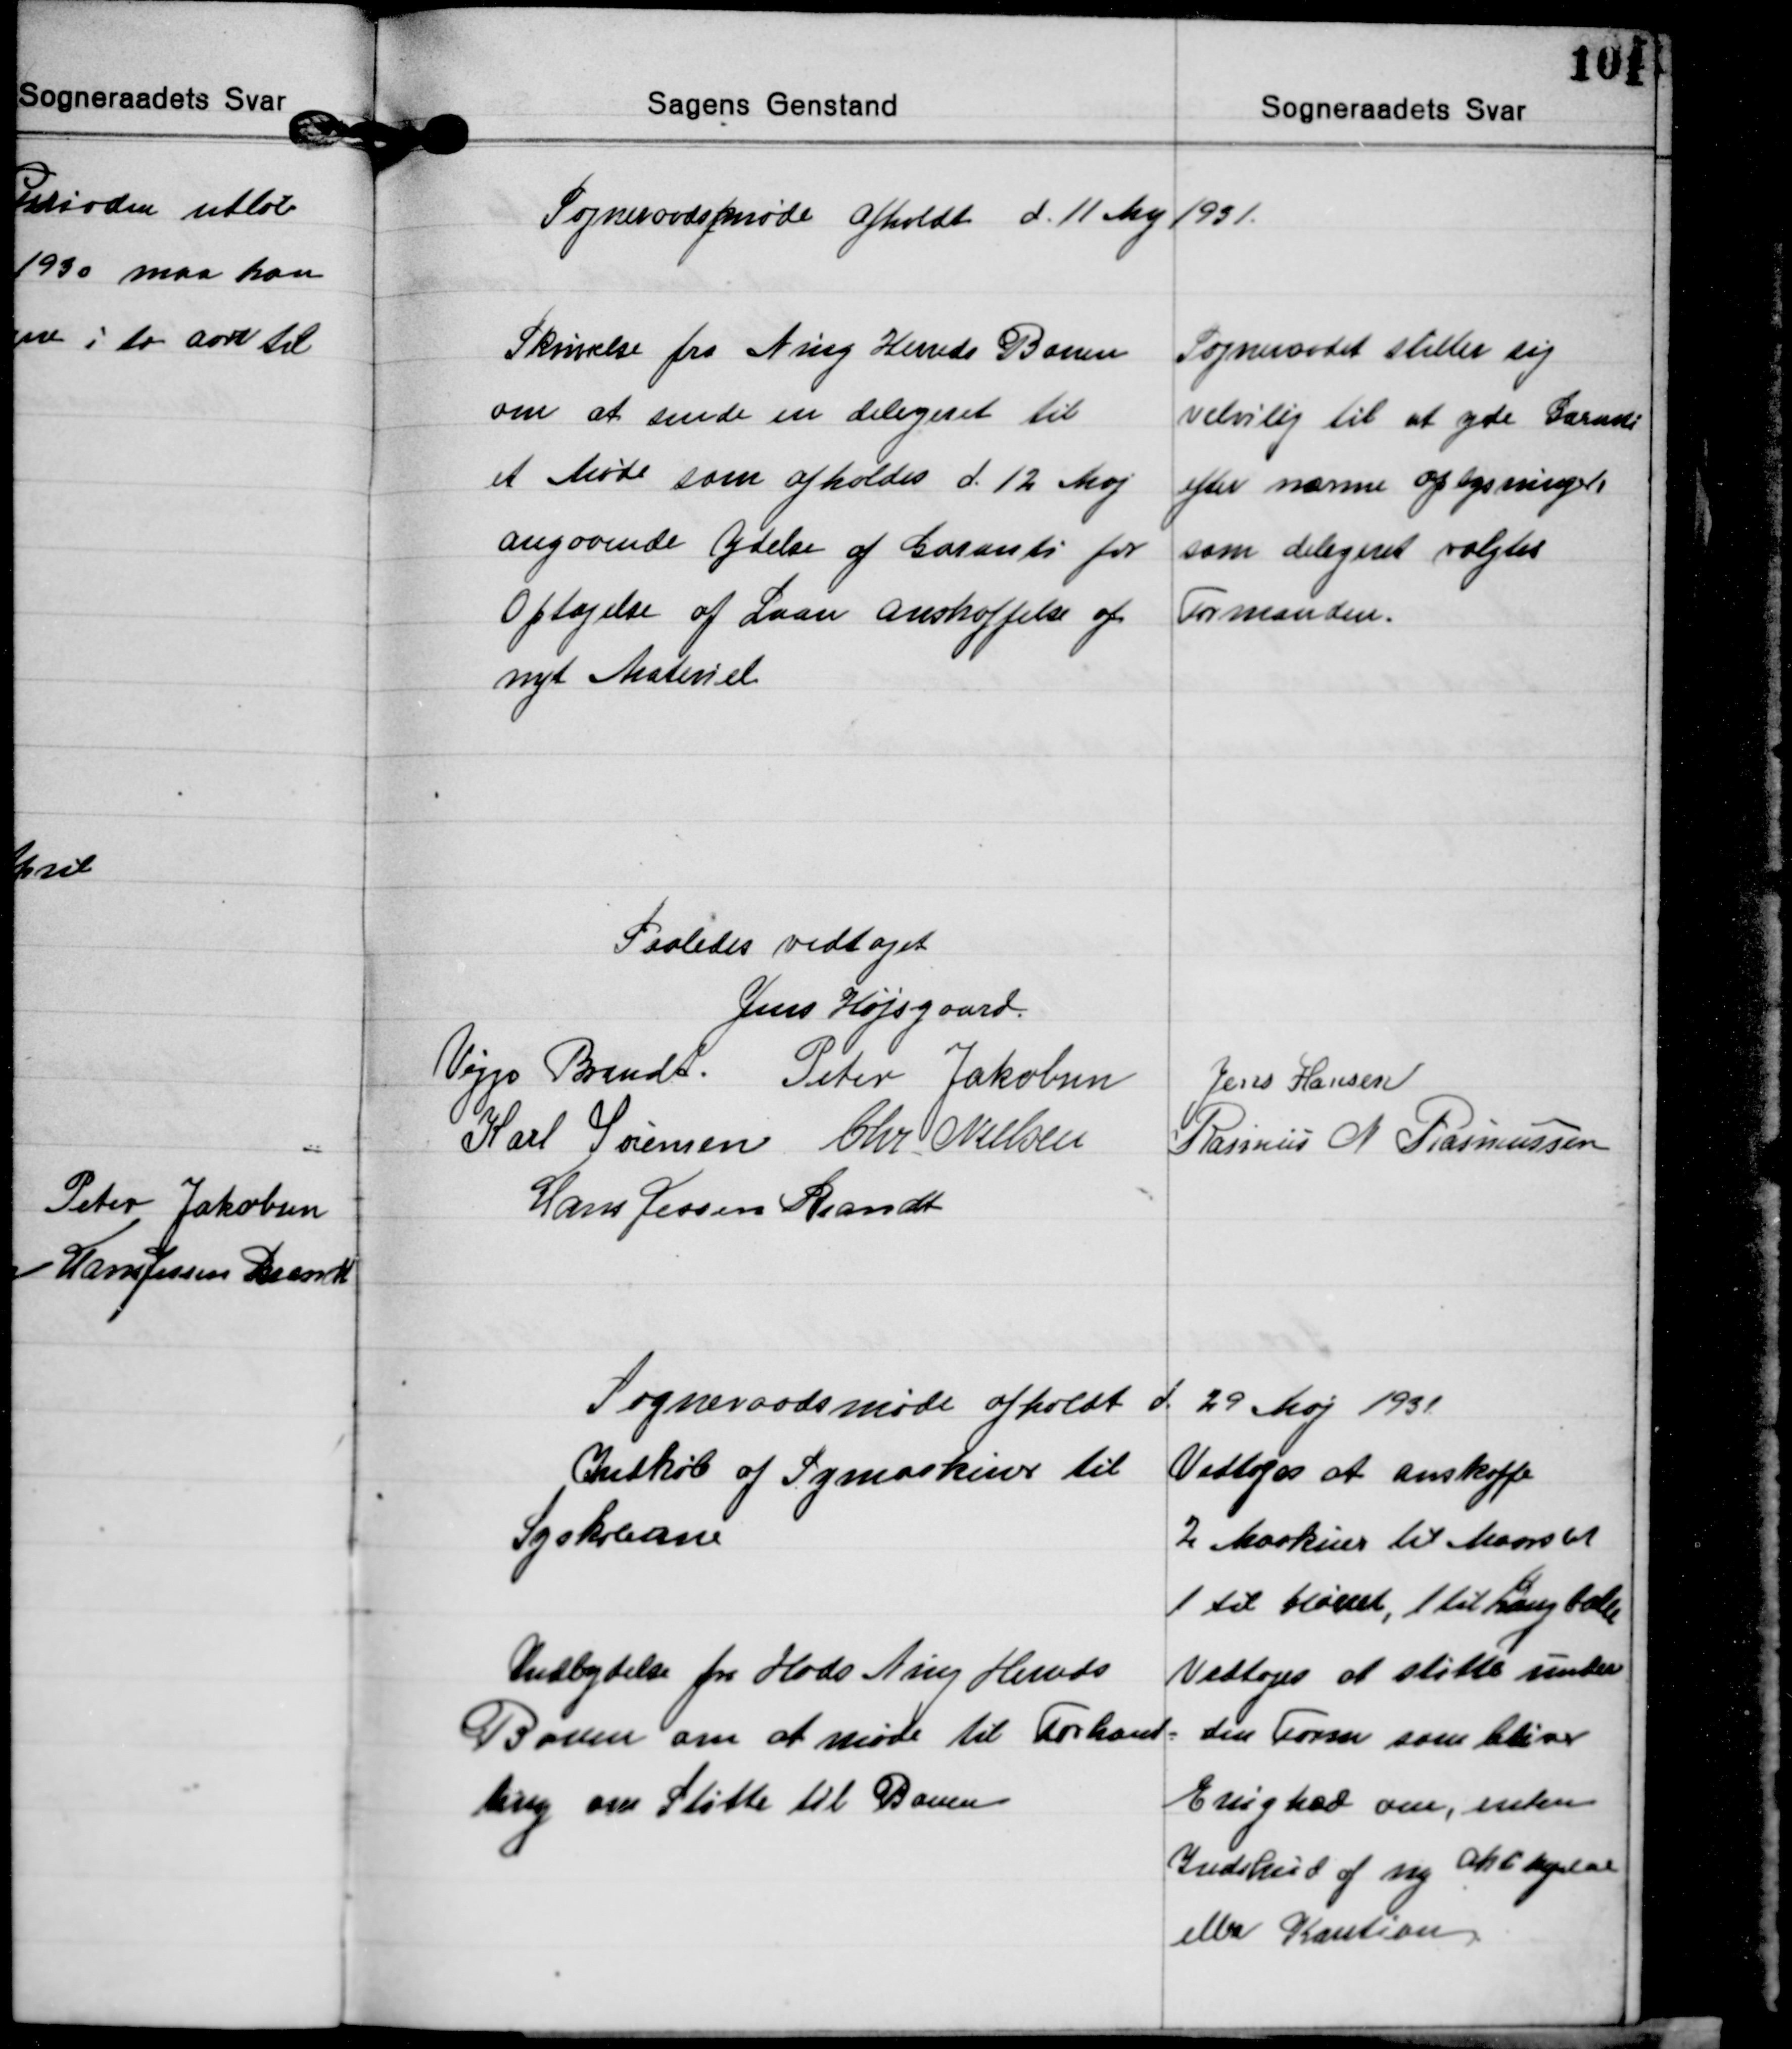
Transskription:
Sogneraadsmøde afholdt d. 11 Maj 1931.

Skrivelse fra Ning Herreds Banen
om at sende en delegeret til
et Møde som afholdes d. 12 Maj
angaaende ydelse af Garanti for
Optagelse af Laan anskaffelse af
nyt Materiel

Sogneraadet stiller sig
velvilig til at yde Garanti
efter nærme oplysninger
som delegeret valgtes
Formanden.

Saaledes vedtaget
Jens Højsgaard
Viggo Brandt Peter Jakobsen Jens Hansen
Karl Sørensen Chr. Nielsen
Rasmus N. Rasmussen
Hans Jessen Brandt

Sogneraadsmøde afholdt d 29 Maj 1931

Indkøb af Symaskine til
Syskolerne

Vedtoges at anskaffe
2 Maskiner til Maarslet
1 til Hørret, 1 til Langballe

Indbydelse fra Hads Ning Herreds
Banen om at møde til Forhand-
ling om Støtte til Banen

Vedtoges at støtte under
den Form som bliver
Enighed om, enten
Indskud af ny Aktietegnelse
eller Kaution